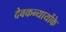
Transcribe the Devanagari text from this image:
देवकन्यायोंके